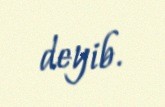
deyib.